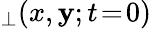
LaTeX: _{\perp}(x,\mathbf{y};t\! =\! 0)